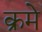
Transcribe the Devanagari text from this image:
क्रमे